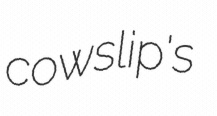
cowslip's